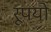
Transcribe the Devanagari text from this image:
रूपयो